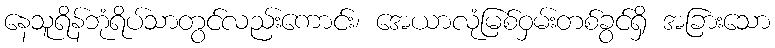
နေသူရိန်ဘုံရိပ်သာတွင်လည်းကောင်း၊ အေယာလုံမြစ်ဝှမ်းတစ်ခွင်ရှိ အခြားသော